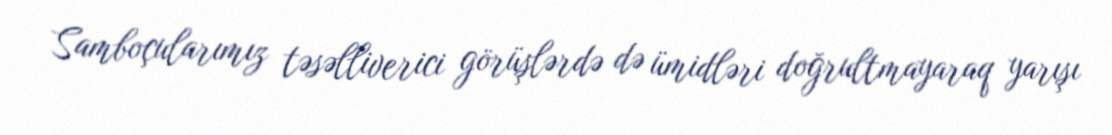
Samboçularımız təsəlliverici görüşlərdə də ümidləri doğrultmayaraq yarışı